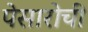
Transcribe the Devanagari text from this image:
पेसारोची